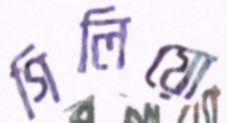
গিলিয়ো